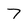
Character: 7